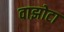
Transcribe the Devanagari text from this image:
वाझोटा